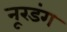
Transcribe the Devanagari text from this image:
नूरडंग